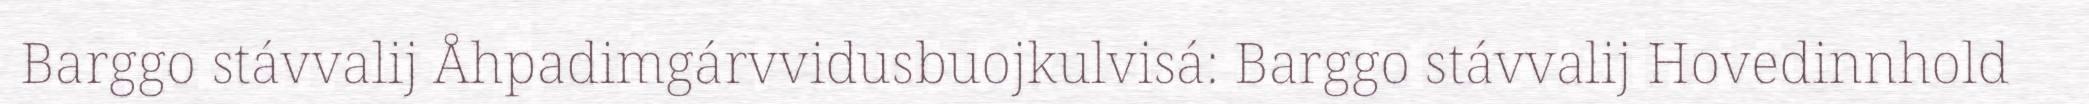
Barggo stávvalij Åhpadimgárvvidusbuojkulvisá: Barggo stávvalij Hovedinnhold